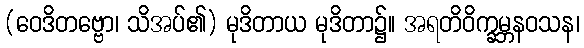
(ဝေဒိတဗ္ဗော၊ သိအပ်၏) မုဒိတာယ မုဒိတာ၌။ အရတိဝိက္ခမ္ဘနဝသန၊